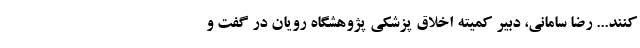
کنند... رضا سامانی، دبیر کمیته اخلاق پزشکی پژوهشگاه رویان در گفت و